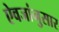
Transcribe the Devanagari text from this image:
ऐवजांनुसार